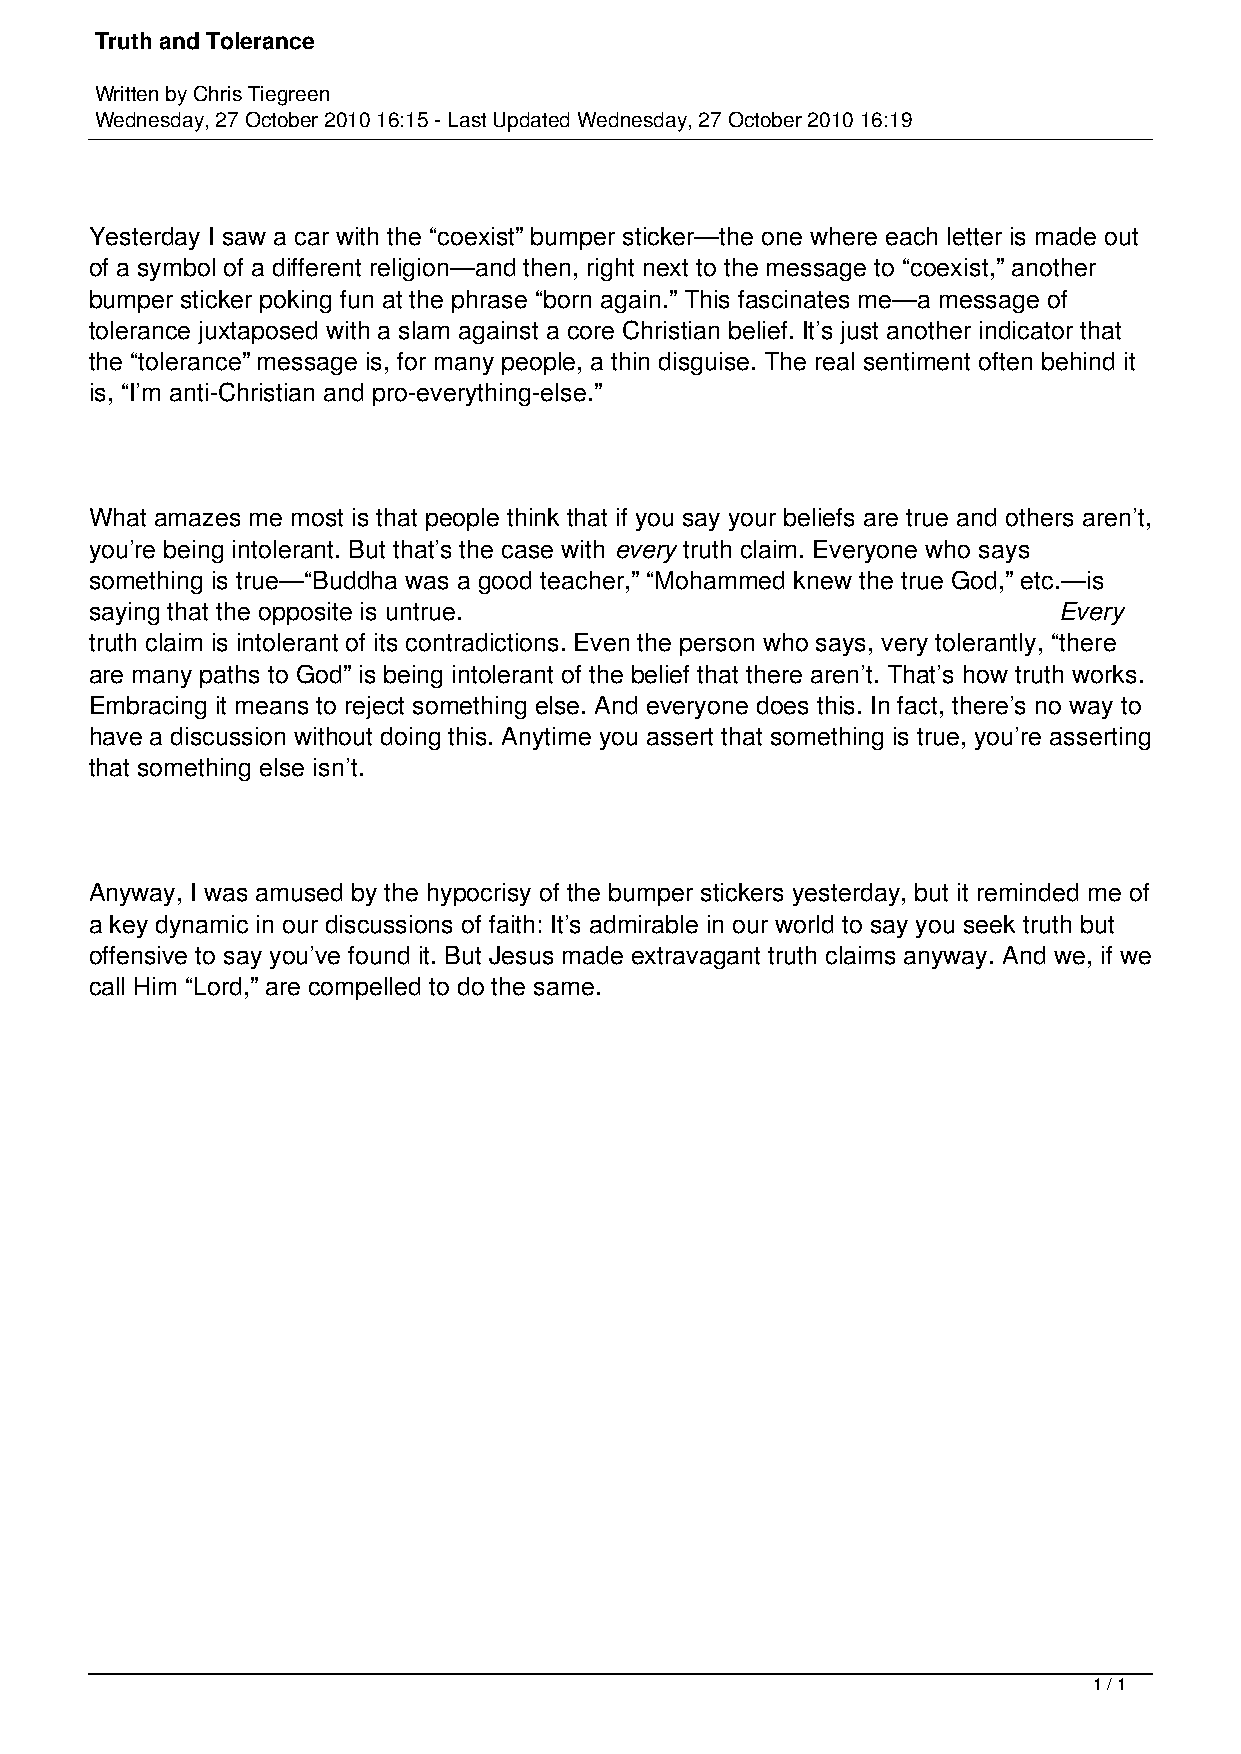
Truth and Tolerance
 Written by Chris Tiegreen
 Wednesday, 27 October 2010 16:15 - Last Updated Wednesday, 27 October 2010 16:19
 Yesterday I saw a car with the “coexist” bumper sticker—the one where each letter is made out
 of a symbol of a different religion—and then, right next to the message to “coexist,” another
 bumper sticker poking fun at the phrase “born again.” This fascinates me—a message of
 tolerance juxtaposed with a slam against a core Christian belief. It’s just another indicator that
 the “tolerance” message is, for many people, a thin disguise. The real sentiment often behind it
 is, “I’m anti-Christian and pro-everything-else.”
 What amazes me most is that people think that if you say your beliefs are true and others aren’t,
 you’re being intolerant. But that’s the case with every truth claim. Everyone who says
 something is true—“Buddha was a good teacher,” “Mohammed knew the true God,” etc.—is
 saying that the opposite is untrue.                             Every
 truth claim is intolerant of its contradictions. Even the person who says, very tolerantly, “there
 are many paths to God” is being intolerant of the belief that there aren’t. That’s how truth works.
 Embracing it means to reject something else. And everyone does this. In fact, there’s no way to
 have a discussion without doing this. Anytime you assert that something is true, you’re asserting
 that something else isn’t.
 Anyway, I was amused by the hypocrisy of the bumper stickers yesterday, but it reminded me of
 a key dynamic in our discussions of faith: It’s admirable in our world to say you seek truth but
 offensive to say you’ve found it. But Jesus made extravagant truth claims anyway. And we, if we
 call Him “Lord,” are compelled to do the same.
 1 / 1